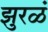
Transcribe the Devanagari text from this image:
झुरळं